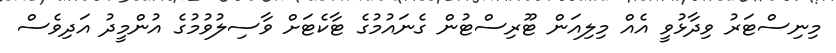
މިނިސްޓަރު ވިދާޅުވީ އެއް މިލިއަން ޓޫރިސްޓުން ގެނައުމުގެ ޓާކެޓަށް ވާސިލުވުމުގެ އުންމީދު އަދިވެސް